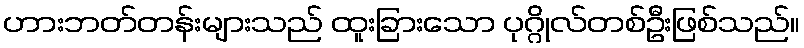
ဟားဘတ်တန်းများသည် ထူးခြားသော ပုဂ္ဂိုလ်တစ်ဦးဖြစ်သည်။